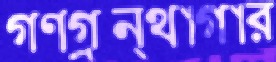
গণগ্রন্থাগার